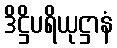
ဒိဋ္ဌိပရိယုဋ္ဌာနံ